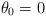
LaTeX: \begin{align*}\begin{aligned}\theta_0=0 \end{aligned}\end{align*}